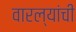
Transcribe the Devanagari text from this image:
वारल्यांची